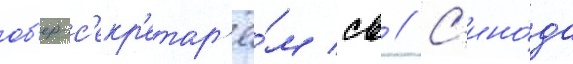
об'ер-с'екр'етар'ё́м св // С'ино́да